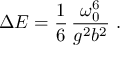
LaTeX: \Delta E = \frac { 1 } { 6 } \, \frac { \omega _ { 0 } ^ { 6 } } { g ^ { 2 } b ^ { 2 } } \ .